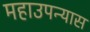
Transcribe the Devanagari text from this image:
महाउपन्यास